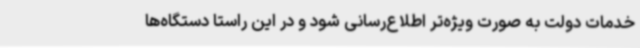
خدمات دولت به صورت ویژه‌تر اطلاع‌رسانی شود و در این راستا دستگاه‌ها